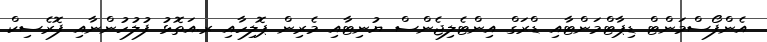
އެންފޯސްމަންޓް ޑިޕާޓްމަންޓާއި ޑްރަގް އިންޓެލިޖެންސް ޔުނިޓާއި މެރިން ޕޮލިހާއި ރ.އަތޮޅު ފުލުހުންނާއި ފޮރެސިކް